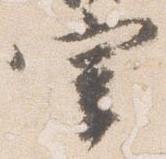
宰